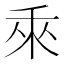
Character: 𬓡